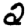
Digit: 2